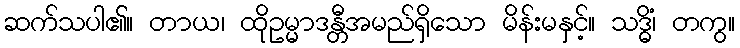
ဆက်သပါ၏။ တာယ၊ ထိုဥမ္မာဒန္တီအမည်ရှိသော မိန်းမနှင့်။ သဒ္ဓိံ၊ တကွ။